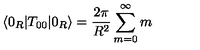
\langle 0 _ { R } | T _ { 0 0 } | 0 _ { R } \rangle = { \frac { 2 \pi } { R ^ { 2 } } } \sum _ { m = 0 } ^ { \infty } m